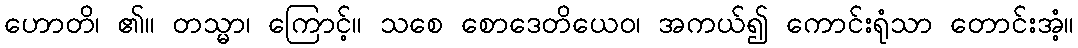
ဟောတိ၊ ၏။ တသ္မာ၊ ကြောင့်။ သစေ စောဒေတိယေဝ၊ အကယ်၍ ကောင်းရုံသာ တောင်းအံ့။